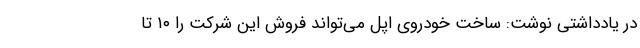
در یادداشتی نوشت: ساخت خودروی اپل می‌تواند فروش این شرکت را ۱۰ تا